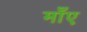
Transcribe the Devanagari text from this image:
माँए